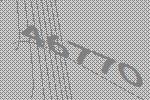
46770